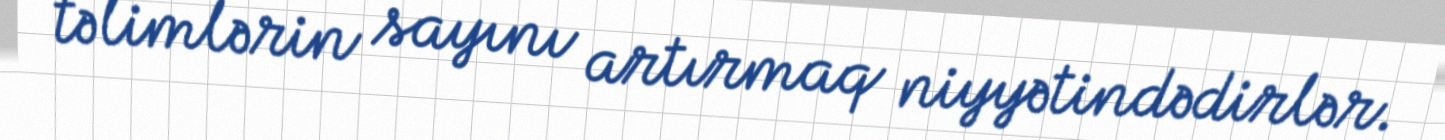
təlimlərin sayını artırmaq niyyətindədirlər.